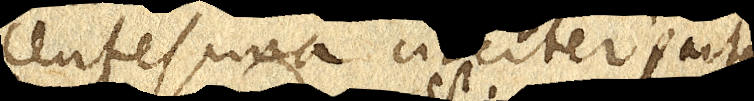
centesima circiter parte